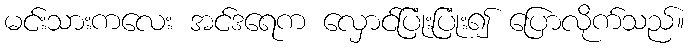
မင်းသားကလေး အင်ဒရေက လှောင်ပြုံးပြုံး၍ ပြောလိုက်သည်။